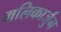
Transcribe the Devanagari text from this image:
मलिकार्जुन